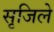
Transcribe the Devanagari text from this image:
सृजिले